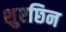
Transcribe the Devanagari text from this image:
शुएछिन